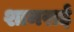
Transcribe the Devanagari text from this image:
शामराई